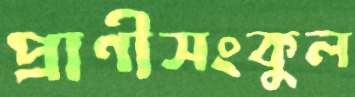
প্রাণীসংকুল